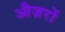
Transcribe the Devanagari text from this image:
औज़रों